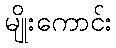
မျိုးကောင်း